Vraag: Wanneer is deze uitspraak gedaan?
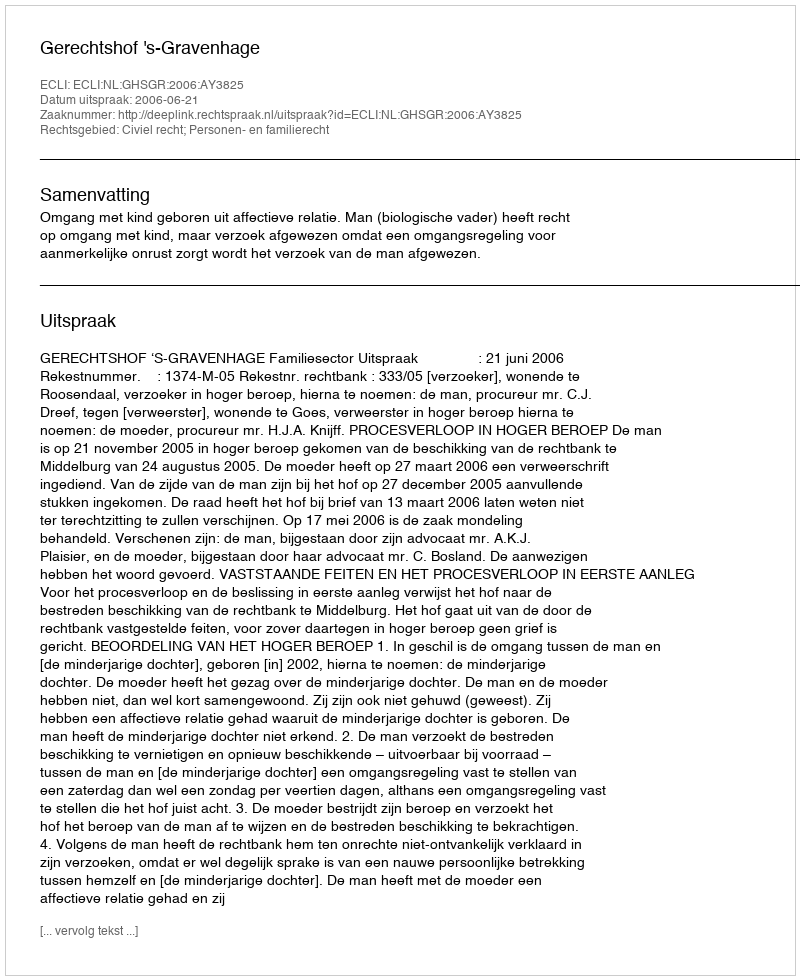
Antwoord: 2006-06-21